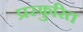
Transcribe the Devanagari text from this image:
प्रस्फुरित